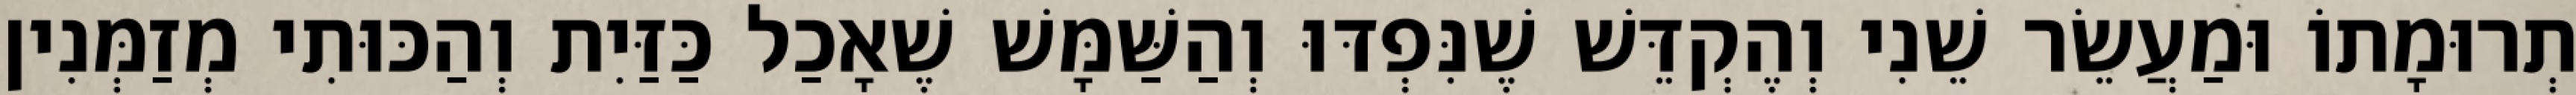
תְרוּמָתוֹ וּמַעֲשֵׂר שֵׁנִי וְהֶקְדֵּשׁ שֶׁנִּפְדּוּ וְהַשַּׁמָּשׁ שֶׁאָכַל כַּזַּיִת וְהַכּוּתִי מְזַמְּנִין